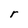
Character: r